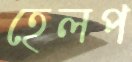
হেলপ